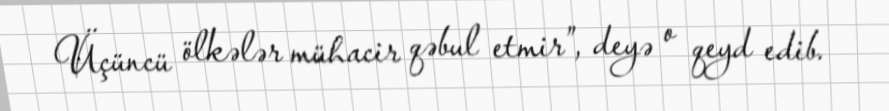
Üçüncü ölkələr mühacir qəbul etmir”, deyə o qeyd edib.